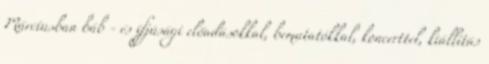
Márciusban báb - és ifjúsági előadásokkal, bemutatókkal, koncerttel, kiállítás